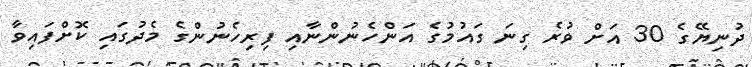
ދުނިޔޭގެ 30 އަށް ވުރެ ގިނަ ގައުމުގެ އަންހެނުންނާއި ފިރިހެނުންގެ މެދުގައި ކޮށްފައިވާ